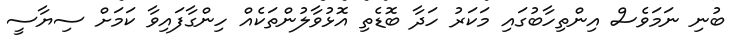
ބުނި ނަމަވެސް އިންތިހާބުގައި މަކަރު ހަދާ ބޮޑެތި އޮޅުވާލުންތަކެއް ހިންގާފައިވާ ކަމަށް ސިޔާސީ